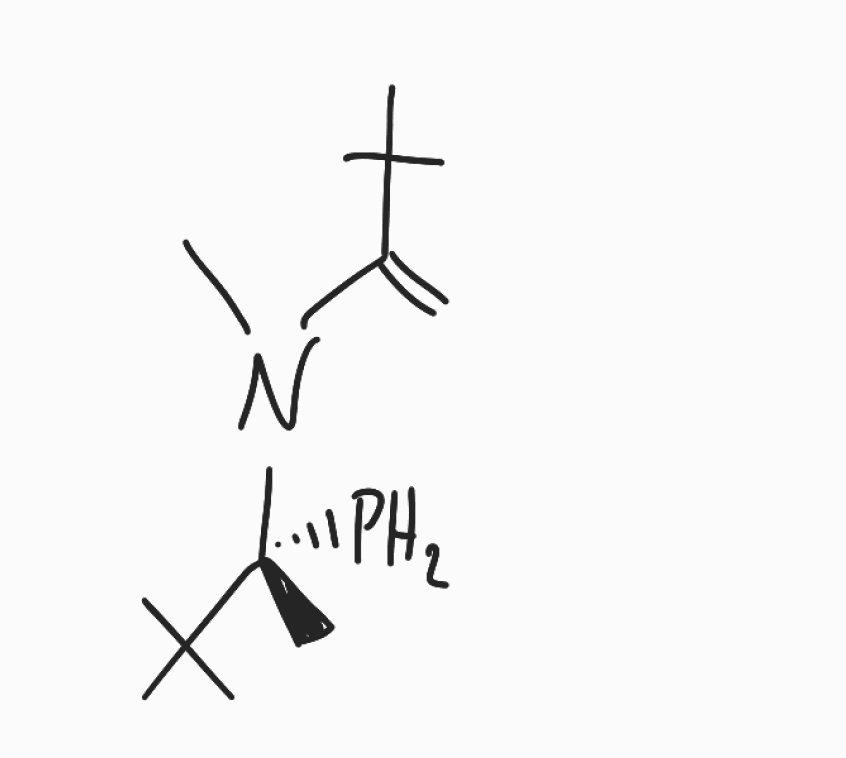
Simplified molecular-input line-entry system (SMILES) notation of the given molecule:
C[C@@](C(C)(C)C)(N(C)C(=C)C(C)(C)C)P